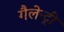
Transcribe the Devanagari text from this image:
गैलेन्ट्री